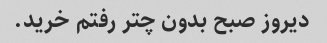
دیروز صبح بدون چتر رفتم خرید.